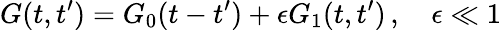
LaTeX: G(t,t^{\prime})=G_{0}(t-t^{\prime})+\epsilon G_{1}(t,t^{\prime})\, ,\quad\epsilon\ll 1